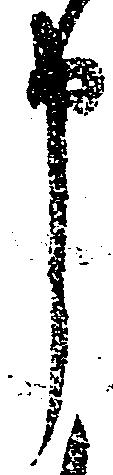
申